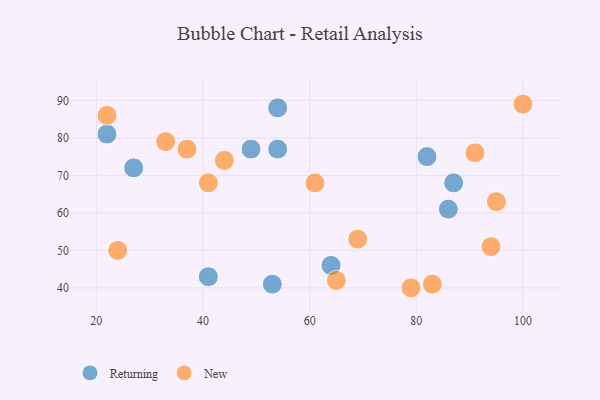
{"axis": {"x": "GDP", "y": "Life Expectancy"}, "legend": ["New", "Returning"], "data": [{"x": "49", "y": 77, "type": "Returning"}, {"x": "82", "y": 75, "type": "Returning"}, {"x": "22", "y": 81, "type": "Returning"}, {"x": "27", "y": 72, "type": "Returning"}, {"x": "64", "y": 46, "type": "Returning"}, {"x": "86", "y": 61, "type": "Returning"}, {"x": "87", "y": 68, "type": "Returning"}, {"x": "53", "y": 41, "type": "Returning"}, {"x": "54", "y": 77, "type": "Returning"}, {"x": "41", "y": 43, "type": "Returning"}, {"x": "54", "y": 88, "type": "Returning"}, {"x": "33", "y": 79, "type": "New"}, {"x": "44", "y": 74, "type": "New"}, {"x": "83", "y": 41, "type": "New"}, {"x": "95", "y": 63, "type": "New"}, {"x": "61", "y": 68, "type": "New"}, {"x": "79", "y": 40, "type": "New"}, {"x": "94", "y": 51, "type": "New"}, {"x": "37", "y": 77, "type": "New"}, {"x": "22", "y": 86, "type": "New"}, {"x": "41", "y": 68, "type": "New"}, {"x": "100", "y": 89, "type": "New"}, {"x": "69", "y": 53, "type": "New"}, {"x": "65", "y": 42, "type": "New"}, {"x": "24", "y": 50, "type": "New"}, {"x": "91", "y": 76, "type": "New"}]}